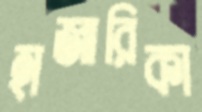
হাজারিকা